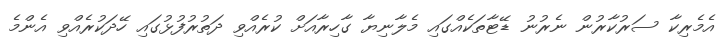
އެމެރިކާ ސަރުކާރުން ނެރުނު ޑޭޓާތަކެއްގައި މެލާނިޔާ ގާހިރާއަށް ކުރެއްވި ދަތުރުފުޅުގައި ހޭދަކުރެއްވި އެންމެ